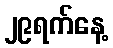
၂၉ရက်နေ့